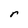
Character: r